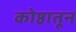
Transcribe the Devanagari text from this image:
कोष्ठातून